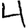
Digit: 4